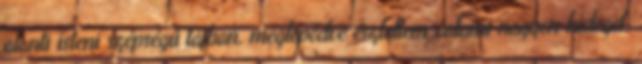
alanti isteni szépségű tájban, meglepődve észleltem valami nagyon hideget,